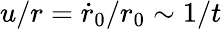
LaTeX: u/r=\dot{r}_{0}/r_{0}\sim 1/t